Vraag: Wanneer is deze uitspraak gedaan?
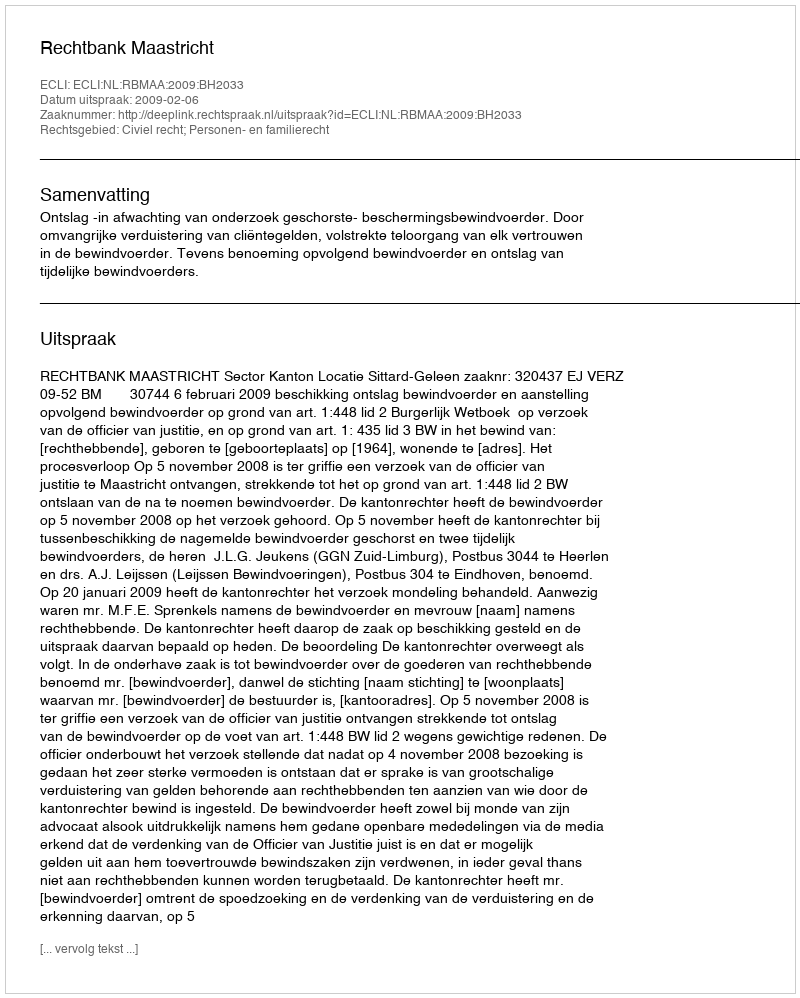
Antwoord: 2009-02-06